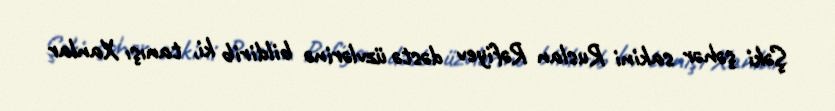
Şəki şəhər sakini Ruslan Rəfiyev dəstə üzvlərinə bildirib ki, tanışı Xanlar